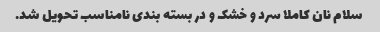
سلام نان کاملا سرد و خشک و در بسته بندی نامناسب تحویل شد.